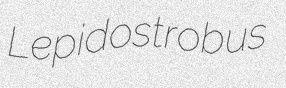
Lepidostrobus